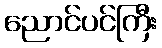
ညောင်ပင်ကြီး